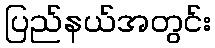
ပြည်နယ်အတွင်း